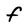
Character: f